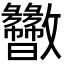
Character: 𫿬